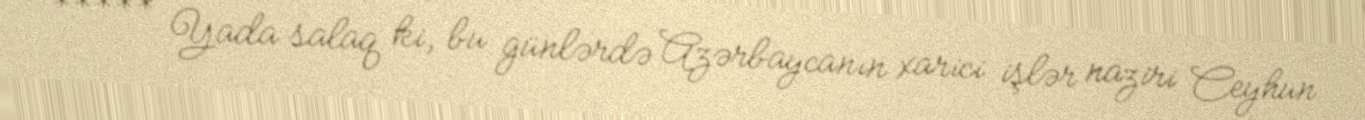
***** Yada salaq ki, bu günlərdə Azərbaycanın xarici işlər naziri Ceyhun